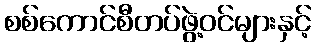
စစ်ကောင်စီတပ်ဖွဲ့ဝင်များနှင့်